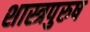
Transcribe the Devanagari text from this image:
शास्त्रपुरुष